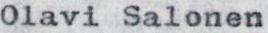
Olavi Salonen